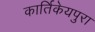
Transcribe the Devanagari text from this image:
कार्तिकेयपुरा